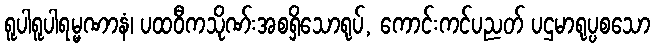
ရူပါရူပါရမ္မဏာနံ၊ ပထဝီကသိုဏ်းအစရှိသောရုပ်, ကောင်းကင်ပညတ် ပဌမာရုပ္ပစသော